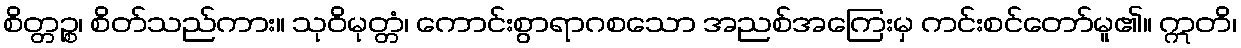
စိတ္တဉ္စ၊ စိတ်သည်ကား။ သုဝိမုတ္တံ၊ ကောင်းစွာရာဂစသော အညစ်အကြေးမှ ကင်းစင်တော်မူ၏။ ဣတိ၊